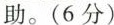
助。(6分)